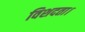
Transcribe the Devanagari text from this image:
विशदता।